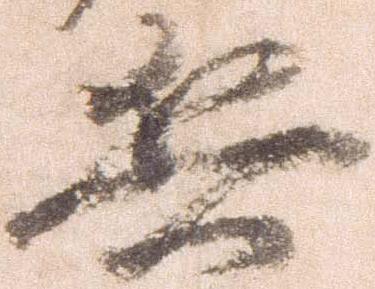
兵